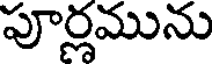
పూర్లమును